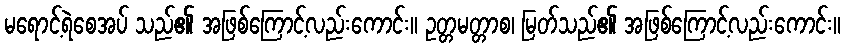
မရောင့်ရဲစေအပ် သည်၏ အဖြစ်ကြောင့်လည်းကောင်း။ ဥတ္တမတ္တာစ၊ မြတ်သည်၏ အဖြစ်ကြောင့်လည်းကောင်း။